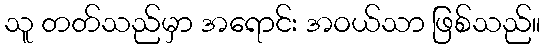
သူ တတ်သည်မှာ အရောင်း အဝယ်သာ ဖြစ်သည်။